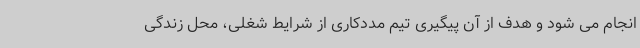
انجام می شود و هدف از آن پیگیری تیم مددکاری از شرایط شغلی، محل زندگی